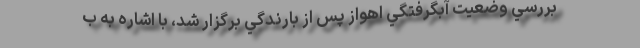
بررسي وضعيت آبگرفتگي اهواز پس از بارندگي برگزار شد، با اشاره به ب